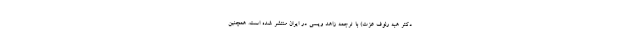
دکتر هبه رئوف عزت) با ترجمه زاهد ویسی در ایران منتشر شده است. همچنین